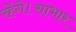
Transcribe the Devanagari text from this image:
रहेंगे।साभार